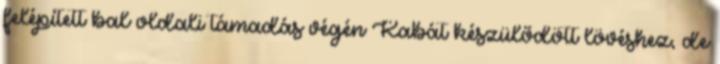
felépített bal oldali támadás végén Kabát készülődött lövéshez, de